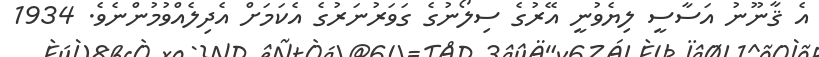
އެ ޤާނޫނު އަސާސީ ލިޔެވުނީ އޭރުގެ ސިލޯނުގެ ގަވަރުނަރުގެ އެކަމަށް އެދިލެއްވުމުންނެވެ. 1934